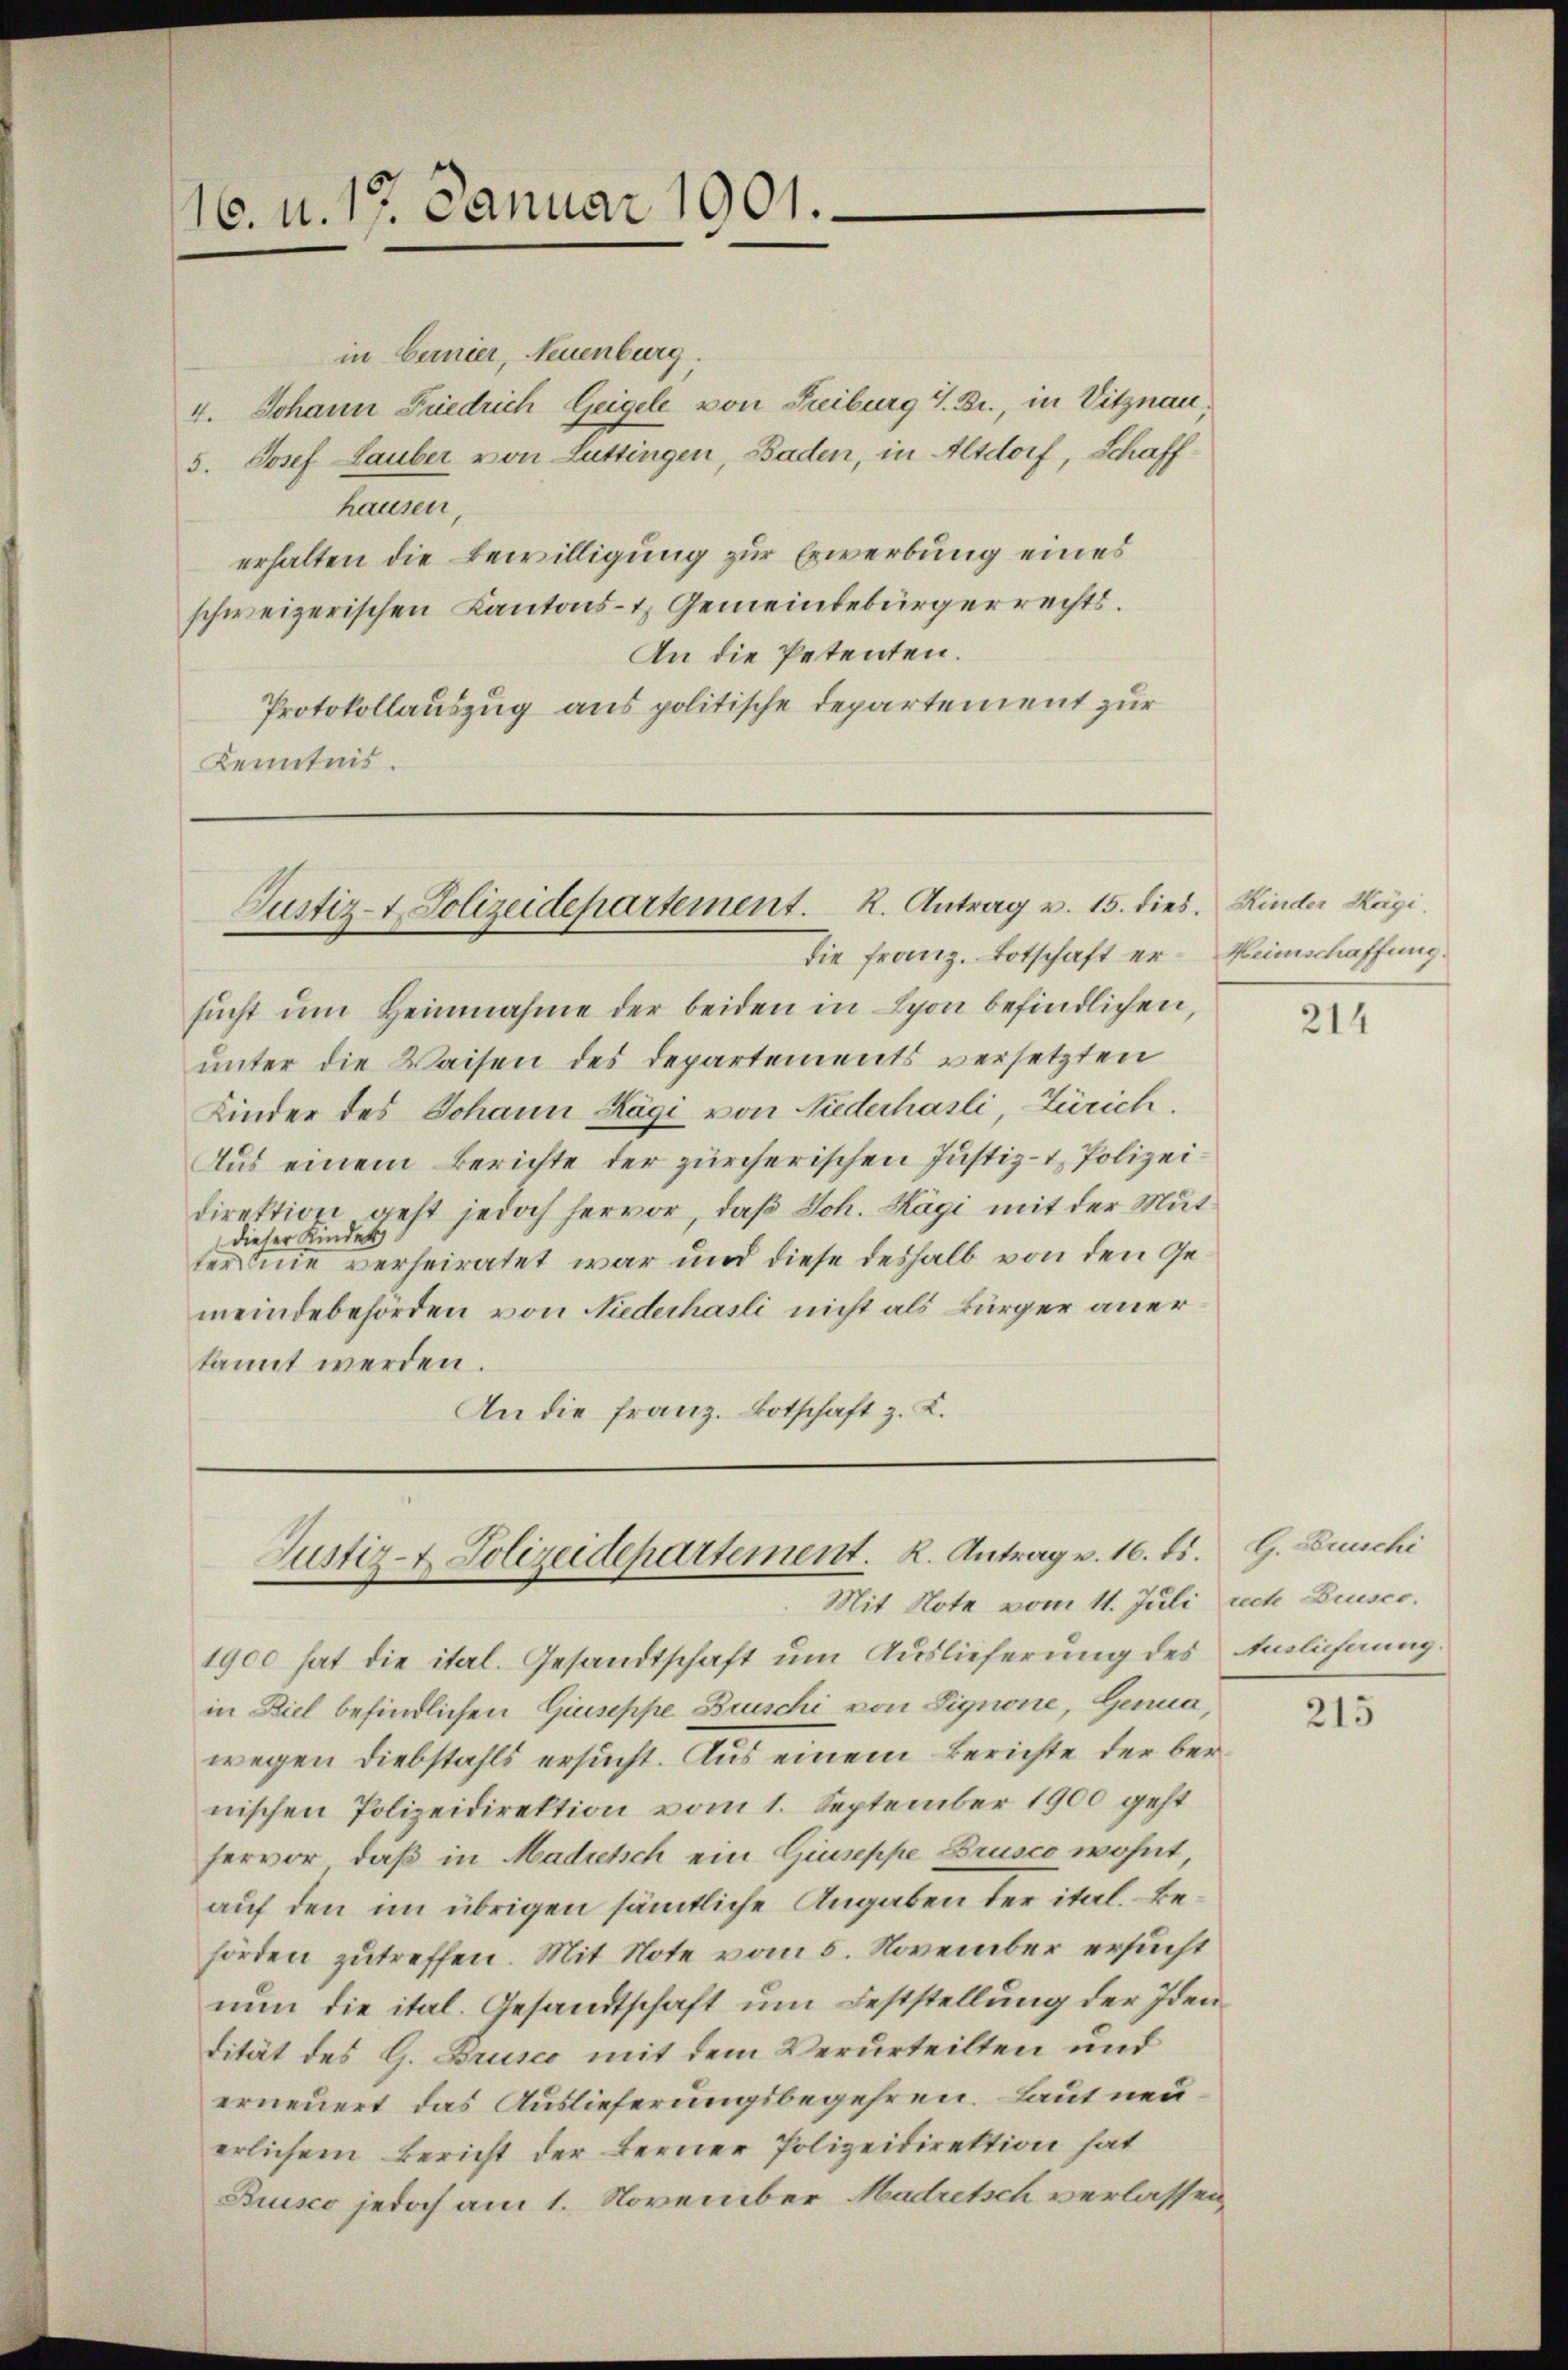
16. u. 17. Januar 1901.

in Garnier, Neuenburg,
4. Johann Friedrich Geigele von Freiburg 4. Br., in Vitznau,
5. Josef Lauber von Luttingen, Baden, in Altdorf, Schaffhausen,
erhalten die Bewilligung zur Erwerbung eines
schweizerischen Kantons- & Gemeindebürgerrechts.
An die Petenten.
Protokollauszug aus politische Departement zur
Kenntnis.

Justiz- & Polizeidepartement. K. Antrag v. 15. dies
Die Franz. Botschaft er-Heimschaffung.

sucht ŭm Heinnahme der beiden in Lyon befindlichen,
unter die Waisen des Departements versetzten
Kinder des Johann Hägi von Niederhasli, Zürich.
Aus einem Berichte der zürcherischen Justiz- & Polizeidirektion geht jedoch hervor, daß Joh. Hägi mit der Mutdieser Kinder
ter eine verheiratet war und diese deshalb von den Gemeindebehörden von Niederhasli nicht als Bürger aner
kannt werden.
An die Franz. Botschaft z. K.

Justiz- & Polizeidepartement. K. Antrag v. 16. ds. G. Bruschi
Mit Note vom 11. Juli rech Drusco.

1900 hat die ital. Gesandtschaft um Auslieferung des Amlichnung.
in Ziel befindlichen Giuseppe Buschi von Signone, Genua,
wegen Diebstahls ersucht. Aus einem Berichte der bernischen Polizeidirektion vom 1. September 1900 geht
hervor, daß in Madretsch ein Giuseppe Brusco wohnt,
auf den im übrigen sämtliche Angaben der ital. Behörden zutreffen. Mit Note vom 5. November ersucht
nun die ital. Gesandtschaft um Feststellung der Iden
dität des G. Brusco mit dem Verurteilten und
erneuert das Auslieferungsbegehren. Laut neu
erlichem Bericht der Berner Polizeidirektion hat
Buusco jedoch am 1. November Madretsch verlassen,

Kinder Hägi.

214

215